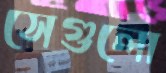
সেগুলো